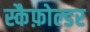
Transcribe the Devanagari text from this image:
स्कैफ़ोल्डर